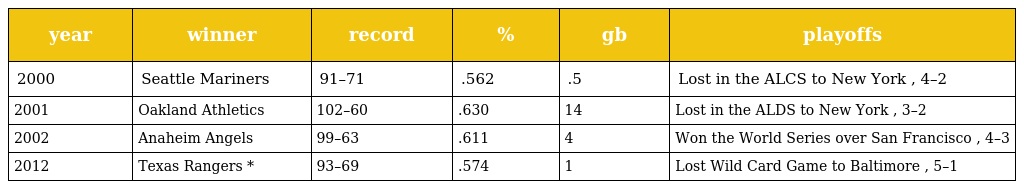
| year | winner | record | % | gb | playoffs |
 | --- | --- | --- | --- | --- | --- |
 | 2000 | Seattle Mariners | 91–71 | .562 | .5 | Lost in the ALCS to New York , 4–2 |
 | 2001 | Oakland Athletics | 102–60 | .630 | 14 | Lost in the ALDS to New York , 3–2 |
 | 2002 | Anaheim Angels | 99–63 | .611 | 4 | Won the World Series over San Francisco , 4–3 |
 | 2012 | Texas Rangers * | 93–69 | .574 | 1 | Lost Wild Card Game to Baltimore , 5–1 |